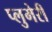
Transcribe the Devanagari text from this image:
प्लुमेरी